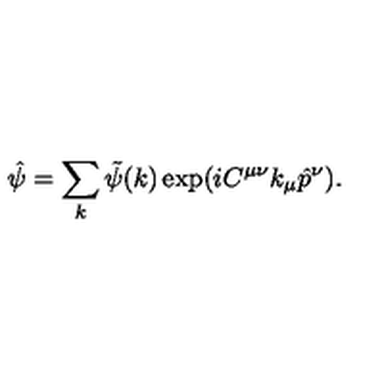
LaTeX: \hat { \psi } = \sum _ { k } \tilde { \psi } ( k ) \exp ( i C ^ { \mu \nu } k _ { \mu } \hat { p } ^ { \nu } ) .